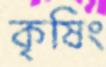
কৃষিং